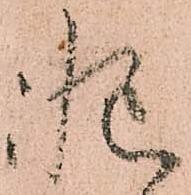
慥